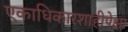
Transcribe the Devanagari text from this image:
एकाधिकारशाहीपेक्षा